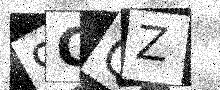
Text: 9CQZ